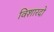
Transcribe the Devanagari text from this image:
विशारदो